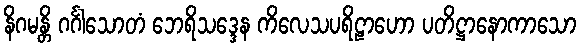
နိဂမန္တိ ဂင်္ဂါသောတံ ဘေရိသဒ္ဒေန ကိလေသပရိဠာဟော ပတိဋ္ဌာနောကာသော